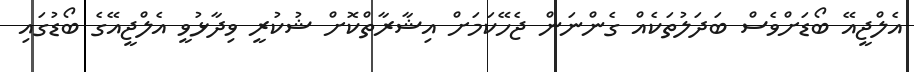
އެލްޖީއޭ ބޯޑަށްވެސް ބަދަލުތަކެއް ގެންނަން ޖެހޭކަމަށް އިޝާރާތްކޮށް ޝުކުރީ ވިދާޅުވީ އެލްޖީއޭގެ ބޯޑުގައި